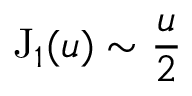
\mathrm { J } _ { 1 } ( u ) \sim \frac { u } { 2 }